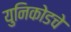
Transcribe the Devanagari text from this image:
युनिकोडचे